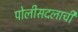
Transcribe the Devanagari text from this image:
पोलीसदलाची